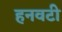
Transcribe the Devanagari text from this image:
हनवटी